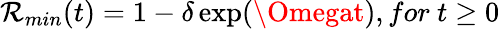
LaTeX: \mathcal{R}_{min}(t)=1-\delta\exp(\Omegat),for\ t\geq0